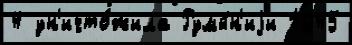
4 ун'ичто́жила Румы́н'иjи 1945